Training of Teachers. Junior Students, 1909
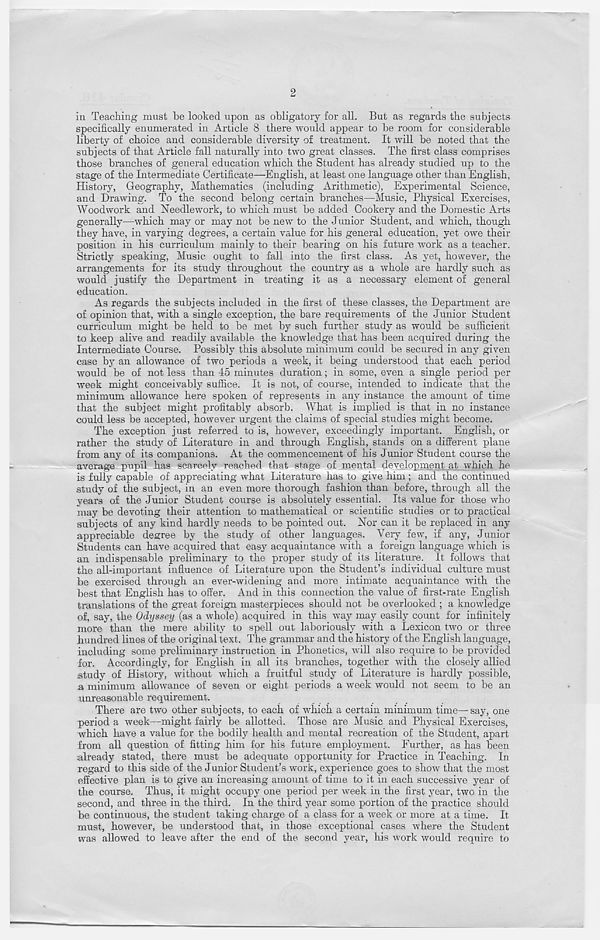
2
in Teaching must be looked upon as obligatory for all. But as regards the subjects
specifically enumerated in Article 8 there would appear to be room for considerable
liberty of choice and considerable diversity of treatment. It will be noted that the
subjects of that Article fall naturally into two great classes. The first class comprises
those branches of general education which the Student has already studied up to the
stage of the Intermediate Certificate—English, at least one language other than English,
History, Geography, Mathematics (including Arithmetic), Experimental Science,
and Drawing. To the second belong certain branches—Music, Physical Exercises,
Woodwork and Needlework, to which must be added Cookery and the Domestic Arts
generally—which may or may not be new to the Junior Student, and which, though
they have, in varying degrees, a certain value for his general education, yet owe their
position in his curriculum mainly to their bearing on his future work as a teacher.
Strictly speaking, Music ought to fall into the first class. As yet, however, the
arrangements for its study throughout the country as a whole are hardly such as
would justify the Department in treating it as a necessary element of general
education.
As regards the subjects included in the first of these classes, the Department are
of opinion that, with a single exception, the bare requirements of the Junior Student
curriculum might be held to be met by such further study as would be sufficient
to keep alive and readily available the knowledge that has been acquired during the
Intermediate Course. Possibly this absolute minimum could be secured in any given
case by an allowance of two periods a week, it being understood that each period
would be of not less than 45 minutes duration; in some, even a single period per
week might conceivably suffice. It is not, of course, intended to indicate that the
minimum allowance here spoken of represents in any instance the amount of time
that the subject might profitably absorb. What is implied is that in no instance
could less be accepted, however urgent the claims of special studies might become.
The exception just referred to is, however, exceedingly important. English, or
rather the study of Literature in and through English, stands on a different plane
from any of its companions. At the commencement of his Junior Student course the
average pupil has scarcely reached that stage of mental development at which he
is fully capable of appreciating what Literature has to give him; and the continued
study of the subject, in an even more thorough fashion than before, through all the
years of the Junior Student course is absolutely essential. Its value for those who
may be devoting their attention to mathematical or scientific studies or to practical
subjects of any kind hardly needs to be pointed out. Nor can it be replaced in any
appreciable degree by the study of other languages. Very few, if any, Junior
Students can have acquired that easy acquaintance with a foreign language which is
an indispensable preliminary to the proper study of its literature. It follows that
the all-important influence of Literature upon the Student’s individual culture must
be exercised through an ever-widening and more intimate acquaintance with the
best that English has to offer. And in this connection the value of first-rate English
translations of the great foreign masterpieces should not be overlooked ; a knowledge
of, say, the Odyssey (as a whole) acquired in this way may easily count for infinitely
more than the mere ability to spell out laboriously with a Lexicon two or three
hundred lines of the original text. The grammar and the history of the English language,
including some preliminary instruction in Phonetics, will also require to be provided
for. Accordingly, for English in all its branches, together with the closely allied
study of History, without which a fruitful study of Literature is hardly possible,
.a minimum allowance of seven or eight periods a week would not seem to be an
unreasonable requirement.
There are two other subjects, to each of which a certain minimum time—say, one
period a week—might fairly be allotted. Those are Music and Physical Exercises,
which have a value for the bodily health and mental recreation of the Student, apart
from all question of fitting him for his future employment. Further, as has been
already stated, there must be adequate opportunity for Practice in Teaching. In
regard to this side of the Junior Student’s work, experience goes to show that the most
effective plan is to give an increasing amount of time to it in each successive year of
the course. Thus, it might occupy one period per week in the first year, two in the
second, and three in the third. In the third year some portion of the practice should
be continuous, the student taking charge of a class for a week or more at a time. It
must, however, be understood that, in those exceptional cases where the Student
was allowed to leave after the end of the second year, his work would require to